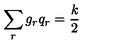
\sum _ { r } g _ { r } q _ { r } = \frac { k } { 2 }